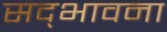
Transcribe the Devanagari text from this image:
सद्‌भावना